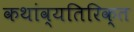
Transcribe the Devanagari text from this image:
कथांव्यतिरिक्त